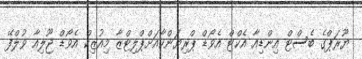
ޔޫރަޕްގެ ބެސްޓް އިންޑިއާ އެކްޓްް އެވޯޑް ޕްރިޔަންކާއަށްޕްލިޓްޒާ މިއުޒިކް އެވޯޑް ޖޫލިއާ ވުލްފޭ